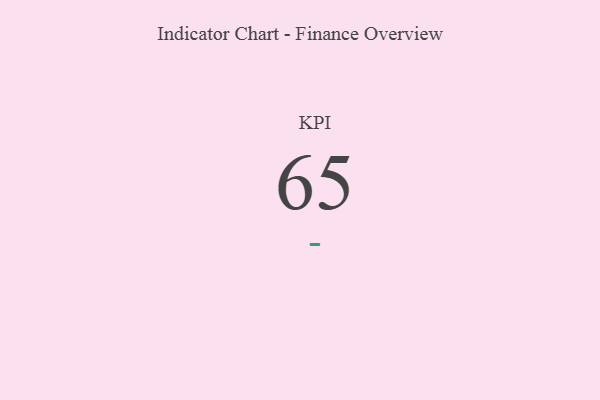
{"axis": {"x": "KPI", "y": "Value"}, "legend": [""], "data": [{"x": "KPI", "y": 65, "type": ""}]}